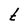
Character: t